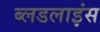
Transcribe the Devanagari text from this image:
ब्लडलाइंस